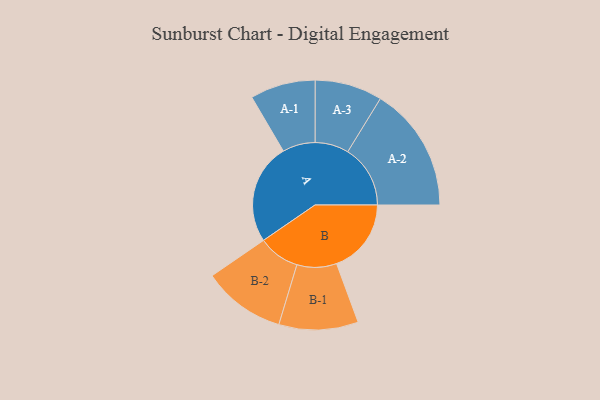
{"axis": {"x": "Segment", "y": "Value"}, "legend": ["", "A", "B"], "data": [{"x": "A", "y": 457, "type": ""}, {"x": "B", "y": 339, "type": ""}, {"x": "A-1", "y": 148, "type": "A"}, {"x": "A-2", "y": 284, "type": "A"}, {"x": "A-3", "y": 153, "type": "A"}, {"x": "B-1", "y": 180, "type": "B"}, {"x": "B-2", "y": 188, "type": "B"}]}